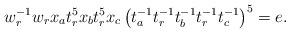
LaTeX: \begin{align*}w_r^{-1}w_rx_{a}t_{r}^{5}x_{b}t_{r}^{5}x_{c}\left(t_{a}^{-1}t_{r}^{-1}t_{b}^{-1}t_{r}^{-1}t_{c}^{-1}\right)^{5}=e.\end{align*}